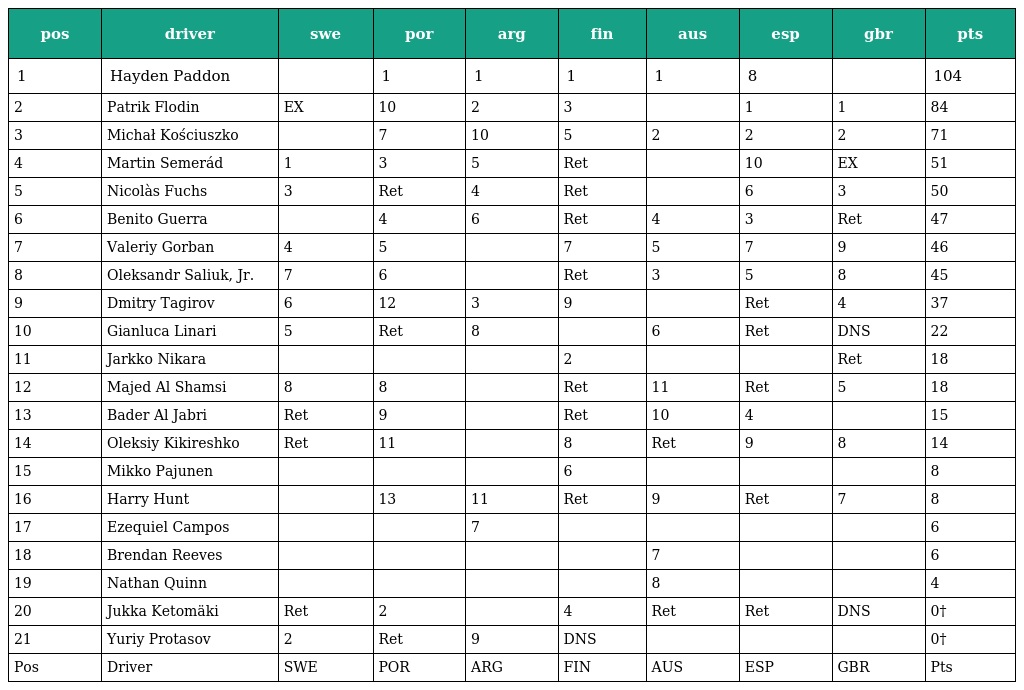
| pos | driver | swe | por | arg | fin | aus | esp | gbr | pts |
 | --- | --- | --- | --- | --- | --- | --- | --- | --- | --- |
 | 1 | Hayden Paddon |  | 1 | 1 | 1 | 1 | 8 |  | 104 |
 | 2 | Patrik Flodin | EX | 10 | 2 | 3 |  | 1 | 1 | 84 |
 | 3 | Michał Kościuszko |  | 7 | 10 | 5 | 2 | 2 | 2 | 71 |
 | 4 | Martin Semerád | 1 | 3 | 5 | Ret |  | 10 | EX | 51 |
 | 5 | Nicolàs Fuchs | 3 | Ret | 4 | Ret |  | 6 | 3 | 50 |
 | 6 | Benito Guerra |  | 4 | 6 | Ret | 4 | 3 | Ret | 47 |
 | 7 | Valeriy Gorban | 4 | 5 |  | 7 | 5 | 7 | 9 | 46 |
 | 8 | Oleksandr Saliuk, Jr. | 7 | 6 |  | Ret | 3 | 5 | 8 | 45 |
 | 9 | Dmitry Tagirov | 6 | 12 | 3 | 9 |  | Ret | 4 | 37 |
 | 10 | Gianluca Linari | 5 | Ret | 8 |  | 6 | Ret | DNS | 22 |
 | 11 | Jarkko Nikara |  |  |  | 2 |  |  | Ret | 18 |
 | 12 | Majed Al Shamsi | 8 | 8 |  | Ret | 11 | Ret | 5 | 18 |
 | 13 | Bader Al Jabri | Ret | 9 |  | Ret | 10 | 4 |  | 15 |
 | 14 | Oleksiy Kikireshko | Ret | 11 |  | 8 | Ret | 9 | 8 | 14 |
 | 15 | Mikko Pajunen |  |  |  | 6 |  |  |  | 8 |
 | 16 | Harry Hunt |  | 13 | 11 | Ret | 9 | Ret | 7 | 8 |
 | 17 | Ezequiel Campos |  |  | 7 |  |  |  |  | 6 |
 | 18 | Brendan Reeves |  |  |  |  | 7 |  |  | 6 |
 | 19 | Nathan Quinn |  |  |  |  | 8 |  |  | 4 |
 | 20 | Jukka Ketomäki | Ret | 2 |  | 4 | Ret | Ret | DNS | 0† |
 | 21 | Yuriy Protasov | 2 | Ret | 9 | DNS |  |  |  | 0† |
 | Pos | Driver | SWE | POR | ARG | FIN | AUS | ESP | GBR | Pts |